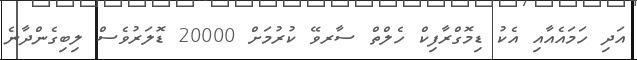
އަދި ހަމައެއާއި އެކު ޑިމޮގްރާފިކް ހެލްތްް ސާރވޭ ކުރުމަށް 20000 ޑޮލަރުވެސް ލިބިގެންދާނެ